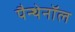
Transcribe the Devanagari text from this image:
पैन्थेनॉल